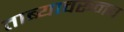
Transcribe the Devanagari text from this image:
ताब्यावरूनच